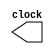
`timescale 1 ns / 1 ps

/* A simple clock module */

module clk (clock);

output clock;
reg clock;

initial begin
clock = 0;
end

always begin
 #100 clock = !clock;        // T = 200 ns
end

endmodule